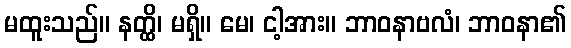
မထူးသည်။ နတ္ထိ၊ မရှိ။ မေ၊ ငါ့အား။ ဘာဝနာဗလံ၊ ဘာဝနာ၏